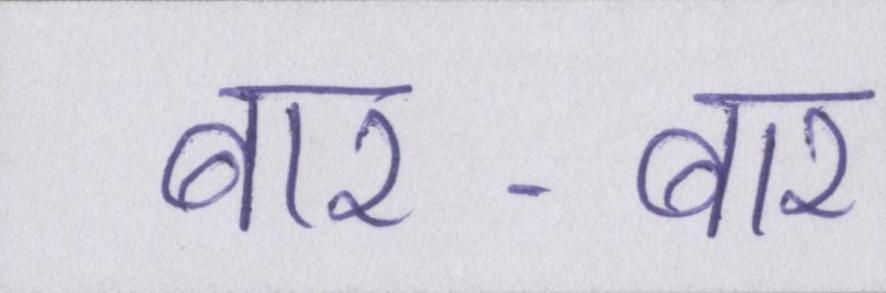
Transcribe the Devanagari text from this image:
बार-बार